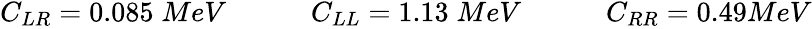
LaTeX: \begin{array}{r}{C_{LR}=0.085\; MeV\qquad\quad C_{LL}=1.13\; MeV\qquad\quad C_{RR}=0.49MeV}\end{array}